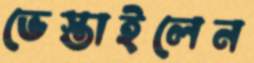
ভেস্তাইলেন